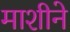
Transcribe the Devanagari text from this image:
माशीने